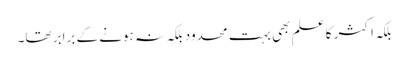
بلکہ اکثر کا علم بھی بہت محدود بلکہ نہ ہونے کے برابر تھا۔